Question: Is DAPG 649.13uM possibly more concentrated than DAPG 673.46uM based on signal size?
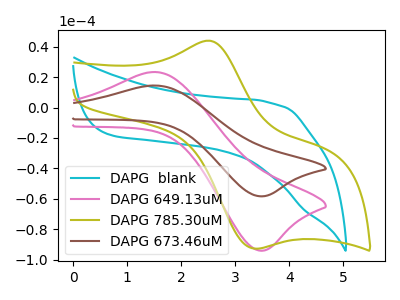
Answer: <think>The cyan curve "DAPG  blank" has no peaks. The pink curve "DAPG 649.13uM" has an anodic peak at (1.55V, 23.35uA) and a cathodic peak at (3.45V, -93.95uA). The olive curve "DAPG 785.30uM" has an anodic peak at (2.50V, 43.95uA) and a cathodic peak at (3.35V, -92.60uA). The brown curve "DAPG 673.46uM" has an anodic peak at (1.55V, 14.45uA) and a cathodic peak at (3.45V, -58.25uA).
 All the peaks in "DAPG 649.13uM" have a peak in "DAPG 673.46uM" at the same potential. Every peak in "DAPG 649.13uM" is higher than every peak in "DAPG 673.46uM".</think>
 <answer>"DAPG 649.13uM" has more signal than "DAPG 673.46uM".</answer>
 <eval>more_signal</eval>